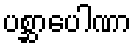
ပစ္ဆာပေါဏာ